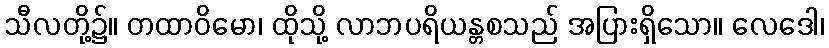
သီလတို့၌။ တထာဝိမော၊ ထိုသို့ လာဘပရိယန္တစသည် အပြားရှိသော။ လေဒေါ၊